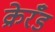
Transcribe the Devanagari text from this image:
क्रेरँड